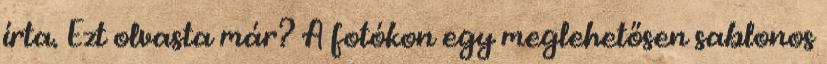
írta. Ezt olvasta már? A fotókon egy meglehetősen sablonos